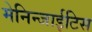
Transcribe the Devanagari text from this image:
मेनिन्जाईटिस